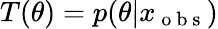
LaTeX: T(\theta)=p(\theta|x_{\mathrm{~o~b~s~}})